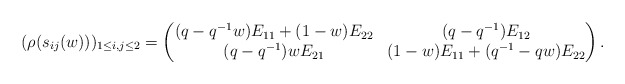
\begin{align*}& (\rho(s_{ij}(w)))_{1\leq i,j \leq 2} = \begin{pmatrix}(q-q^{-1}w) E_{11} + (1-w) E_{22} & (q-q^{-1}) E_{12} \\(q-q^{-1})w E_{21} & (1-w)E_{11} + (q^{-1}-qw) E_{22}\end{pmatrix}.\end{align*}